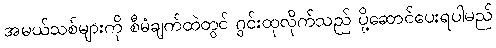
အမယ်သစ်များကို စီမံချက်ထဲတွင် ဂွင်းထုလိုက်သည် ပို့ဆောင်ပေးရပါမည်